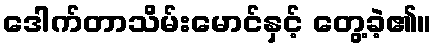
ဒေါက်တာသိမ်းမောင်နှင့် တွေ့ခဲ့၏။